Plague in India, 1896, 1897 - Volume 1
Year: 1896
Disease focus: Plague
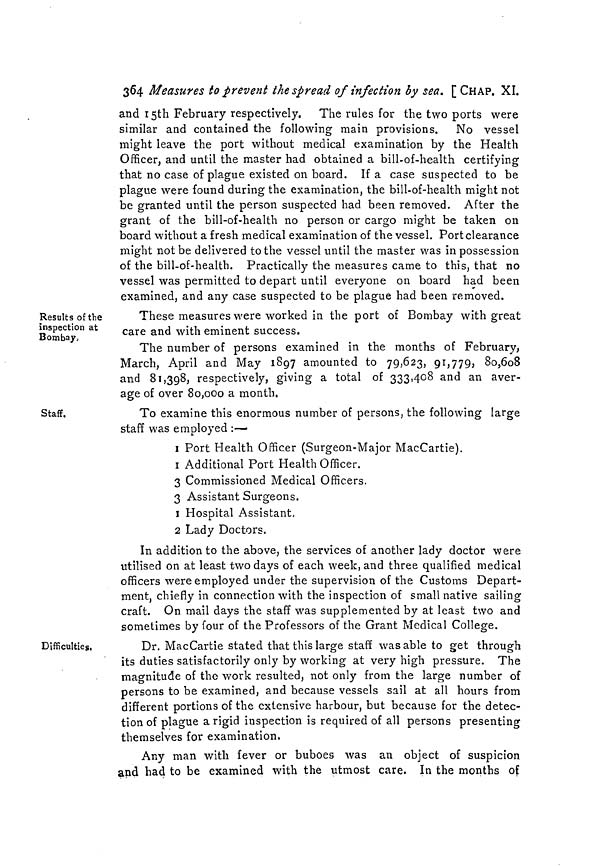
364 Measures to prevent the spread of infection by sea. [ CHAP. XI.
and 15th February respectively. The rules for the two ports were
similar and contained the following main provisions. No vessel
might leave the port without medical examination by the Health
Officer, and until the master had obtained a bill-of-health certifying
that no case of plague existed on board. If a case suspected to be
plague were found during the examination, the bill-of-health might not
be granted until the person suspected had been removed. After the
grant of the bill-of-health no person or cargo might be taken on
board without a fresh medical examination of the vessel. Port clearance
might not be delivered to the vessel until the master was in possession
of the bill-of-health. Practically the measures came to this, that no
vessel was permitted to depart until everyone on board had been
examined, and any case suspected to be plague had been removed.
Results of the
inspection at
Bombay,
These measures were worked in the port of Bombay with great
care and with eminent success.
The number of persons examined in the months of February,
March, April and May 1897 amounted to 79,623, 91,779, 80,608
and 81,398, respectively, giving a total of 333,408 and an aver-
age of over 80,000 a month.
Staff.
To examine this enormous number of persons, the following large
staff was employed :-—
1 Port Health Officer (Surgeon-Major MacCartie).
1 Additional Port Health Officer.
3 Commissioned Medical Officers.
3 Assistant Surgeons.
1 Hospital Assistant.
2 Lady Doctors.
In addition to the above, the services of another lady doctor were
utilised on at least two days of each week, and three qualified medical
officers were employed under the supervision of the Customs Depart-
ment, chiefly in connection with the inspection of small native sailing
craft. On mail days the staff was supplemented by at least two and
sometimes by four of the Professors of the Grant Medical College.
Difficulties,
Dr. MacCartie stated that this large staff was able to get through
its duties satisfactorily only by working at very high pressure. The
magnitude of the work resulted, not only from the large number of
persons to be examined, and because vessels sail at all hours from
different portions of the extensive harbour, but because for the detec-
tion of plague a rigid inspection is required of all persons presenting
themselves for examination.
Any man with fever or buboes was an object of suspicion
and had to be examined with the utmost care. In the months of